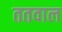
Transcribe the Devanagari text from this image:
ततवाल